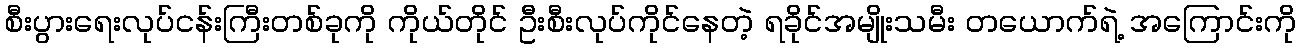
စီးပွားရေးလုပ်ငန်းကြီးတစ်ခုကို ကိုယ်တိုင် ဦးစီးလုပ်ကိုင်နေတဲ့ ရခိုင်အမျိုးသမီး တယောက်ရဲ့ အကြောင်းကို